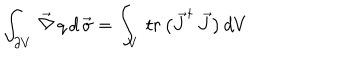
LaTeX: \int _ { \partial V } \, \vec { \nabla } \, q \, d \, \vec { \sigma } = \int _ { V } \, t r \, \bigl ( \vec { J } ^ { \dagger } \, \vec { J } \bigr ) \, d V